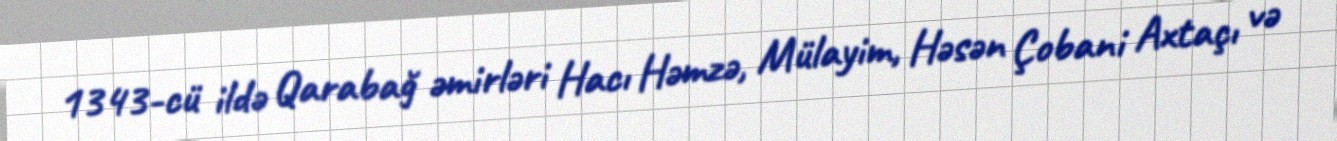
1343-cü ildə Qarabağ əmirləri Hacı Həmzə, Mülayim, Həsən Çobani Axtaçı və